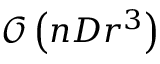
\mathcal { O } \left( n D r ^ { 3 } \right)